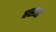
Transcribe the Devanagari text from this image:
धसास